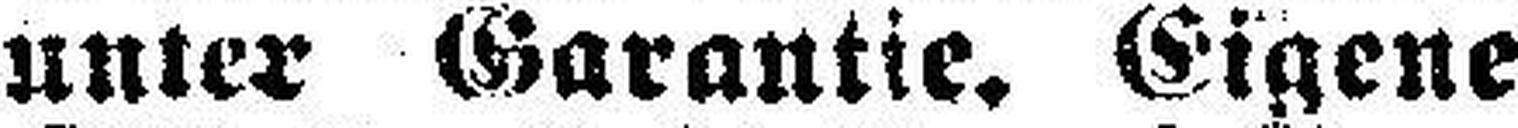
unter Garantie. Eigene